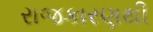
રાજકારણથી